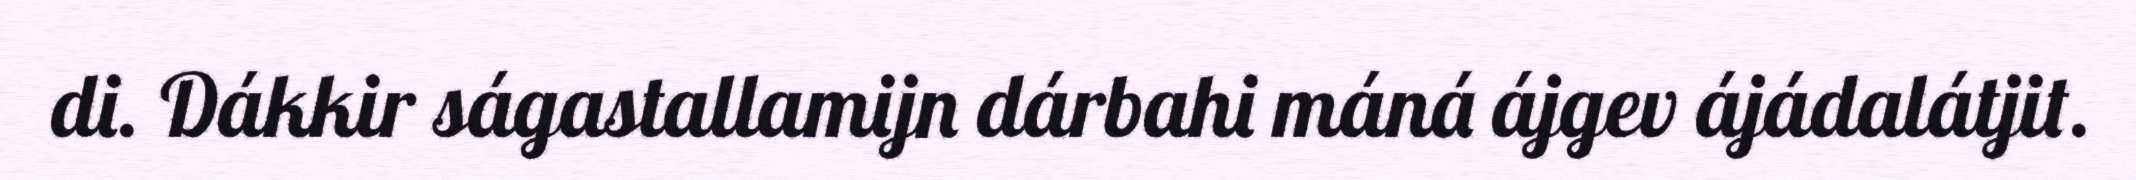
di. Dákkir ságastallamijn dárbahi máná ájgev ájádalátjit.